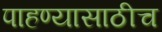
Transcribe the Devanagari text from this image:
पाहण्यासाठीच